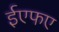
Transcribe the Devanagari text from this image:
ईएफए